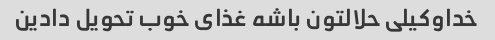
خداوکیلی حلالتون باشه غذای خوب تحویل دادین